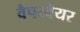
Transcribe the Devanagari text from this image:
वैपरवेयर